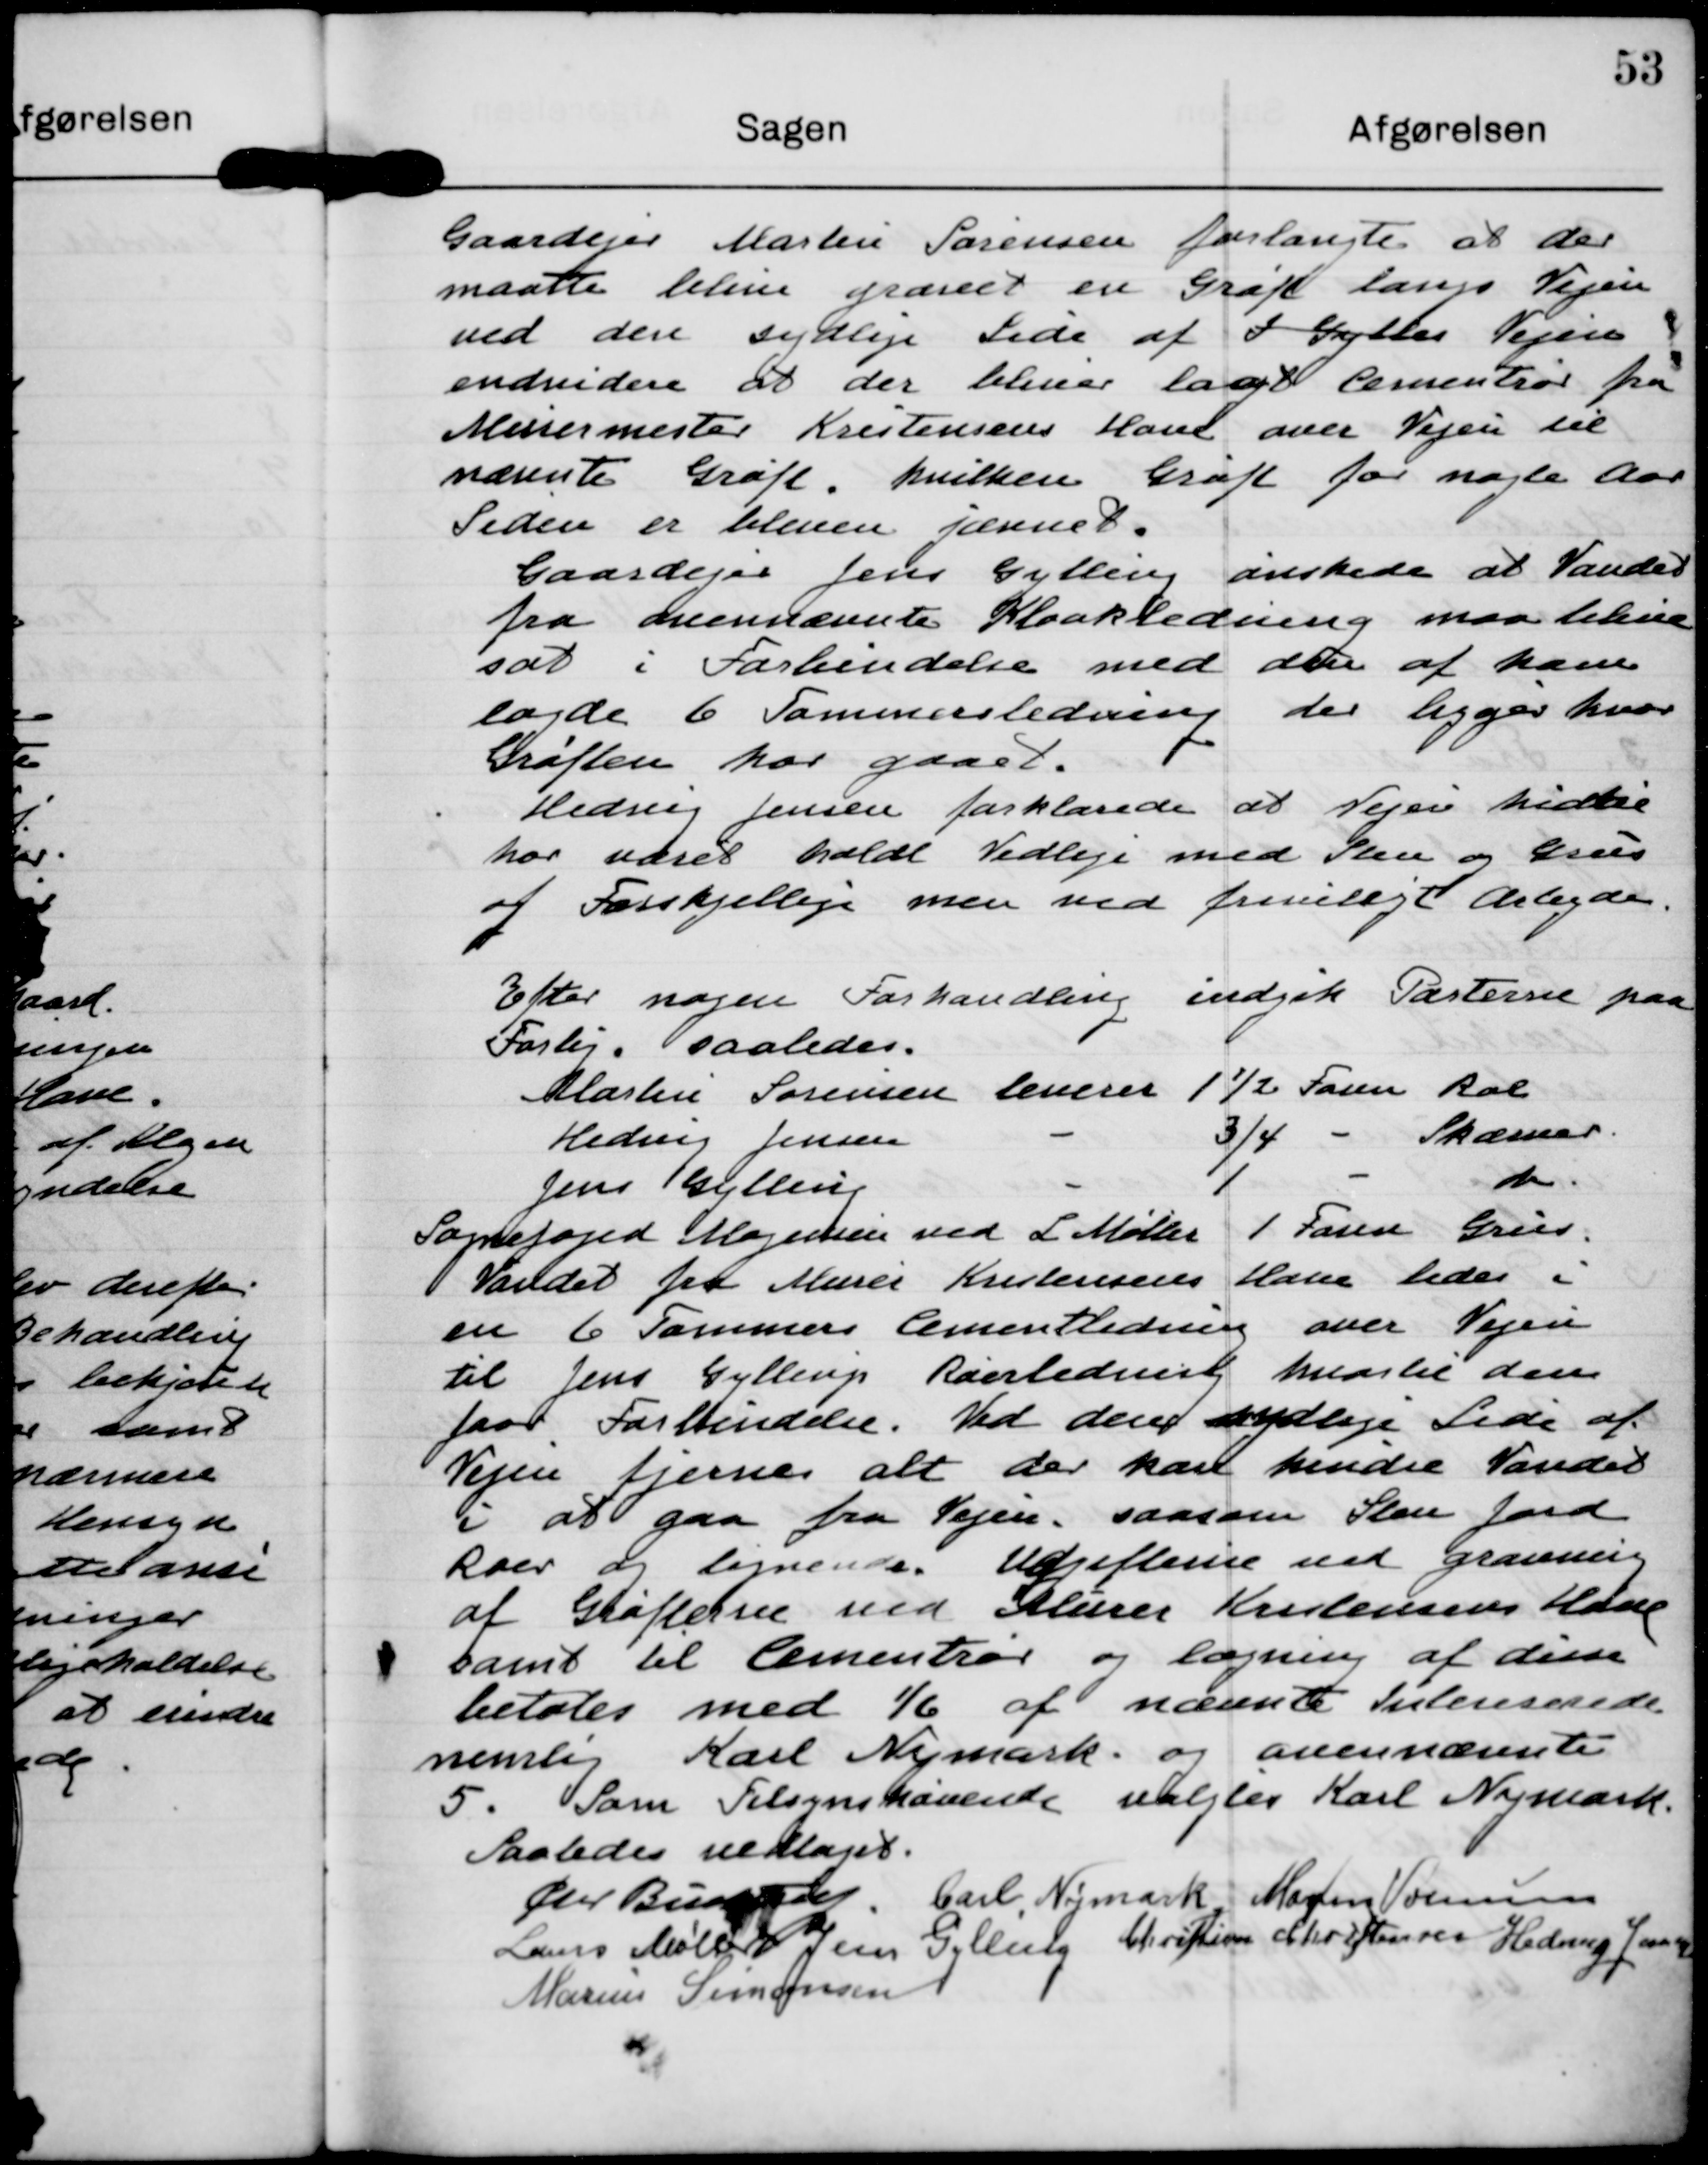
Transskription:
Gaardejer Martin Sørensen forlangte at der
maatte blive gravet en Grøft langs Vejen
ved den sydlige Side af J Gryttes- Vejen
endvidere at der bliver lagt Cementrør fra
Murermester Kristensens Have over Vejen til
nævnte Grøft hvilken Grøft for nogle Aar
Siden er blevet jævnet.
Gaardejer Jens Gylling ønskede at Vandet
fra ovennævnte Kloakledning maa blive
sat i Forbindelse med den af ham
lagde 6 Tommersledning der ligger hvor
Grøften har gaaet.
Hedvig Jensen forklarede at Vejen hidtil
har været holdt Vedlige med Sten og Grus
af Forskjellige men ved frivilligt Arbejde.

Efter nogen Forhandling indgik Parterne paa
Forlig saaledes
Martin Sørensen leveres 1½ Favn Ral
Hedvig Jensen - 3/4 - Skærver
Jens Gylling - 1 - do
Sognefoged Mogensen ved L Møller 1 Favn Grus
Vandet fra Murer Kristensens Have ledes i
en 6 Tommers Cementledning over Vejen
til Jens Gyllings Røerledning hvortil den
faar Forbindelse. Ved den sydlige Side af
Vejen fjernes alt der kan hindre Vandet
i at gaa fra Vejen saasom Sten Jord
Roer og lignende. Udgifterne ved gravning
af Grøfterne ved Murer Kristensens Have
samt til Cementrør og lægning af disse
betales med 1/6 af nævnte Interesserede
nemlig Karl Nymark og ovennævnte
5. Som Tilsynshavende valgtes Karl Nymark.

Saaledes vedtaget.

Chr Buchtrup

Carl Nymark

Morten Vammen?

Laus Møller

Jens Gylling

Christian Christensen

Marius Simonsen

Hedvig Jensen